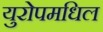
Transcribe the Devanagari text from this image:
युरोपमधिल